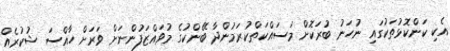
އެކި ކަންކޮޅުތަކުގައި ނުހަނު ބުރަކޮށް މަސައްކަތްކުރަމުންދާ ބޭންކުގެ މުވައްޒަފުންނަށް ވަރަށް ހާއްސަ ޝުކުރެއް